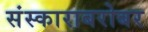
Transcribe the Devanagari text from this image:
संस्काराबरोबर